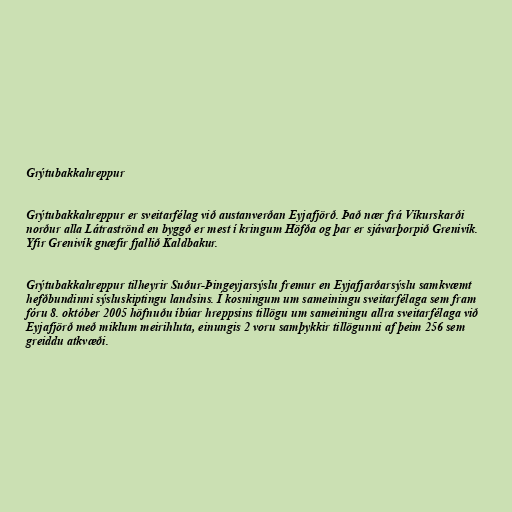
Grýtubakkahreppur

Grýtubakkahreppur er sveitarfélag við austanverðan Eyjafjörð. Það nær frá Víkurskarði
norður alla Látraströnd en byggð er mest í kringum Höfða og þar er sjávarþorpið Grenivík.
Yfir Grenivík gnæfir fjallið Kaldbakur.

Grýtubakkahreppur tilheyrir Suður-Þingeyjarsýslu fremur en Eyjafjarðarsýslu samkvæmt
hefðbundinni sýsluskiptingu landsins. Í kosningum um sameiningu sveitarfélaga sem fram
fóru 8. október 2005 höfnuðu íbúar hreppsins tillögu um sameiningu allra sveitarfélaga við
Eyjafjörð með miklum meirihluta, einungis 2 voru samþykkir tillögunni af þeim 256 sem
greiddu atkvæði.